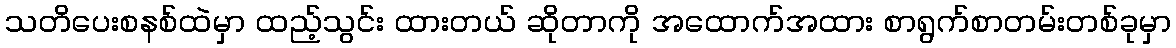
သတိပေးစနစ်ထဲမှာ ထည့်သွင်း ထားတယ် ဆိုတာကို အထောက်အထား စာရွက်စာတမ်းတစ်ခုမှာ